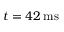
t = 4 2 \, \mathrm { m s }